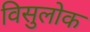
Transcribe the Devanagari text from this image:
विसुलोक